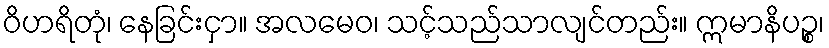
ဝိဟရိတုံ၊ နေခြင်းငှာ။ အလမေဝ၊ သင့်သည်သာလျင်တည်း။ ဣမာနိပဉ္စ၊